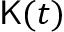
\mathsf { K } ( t )